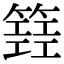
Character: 𥴐